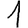
Digit: 1